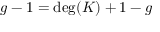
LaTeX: g - 1 = \deg ( K ) + 1 - g